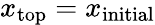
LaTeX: x_{\mathrm{{top}}}=x_{\mathrm{{initial}}}